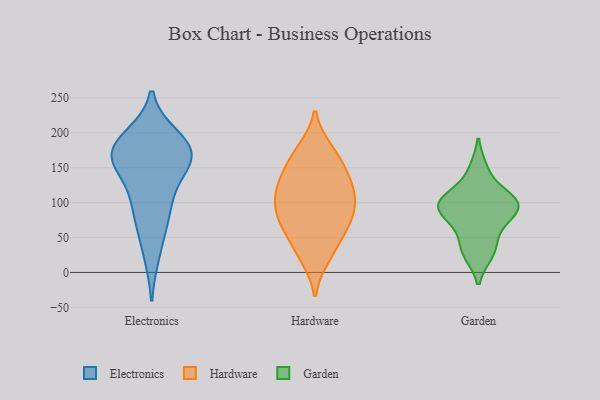
{"axis": {"x": "Latency (ms)", "y": "Value"}, "legend": ["Electronics", "Garden", "Hardware"], "data": [{"x": "", "y": 108, "type": "Electronics"}, {"x": "", "y": 192, "type": "Electronics"}, {"x": "", "y": 86, "type": "Electronics"}, {"x": "", "y": 162, "type": "Electronics"}, {"x": "", "y": 27, "type": "Electronics"}, {"x": "", "y": 169, "type": "Electronics"}, {"x": "", "y": 74, "type": "Electronics"}, {"x": "", "y": 177, "type": "Electronics"}, {"x": "", "y": 169, "type": "Electronics"}, {"x": "", "y": 168, "type": "Electronics"}, {"x": "", "y": 182, "type": "Electronics"}, {"x": "", "y": 139, "type": "Electronics"}, {"x": "", "y": 27, "type": "Hardware"}, {"x": "", "y": 174, "type": "Hardware"}, {"x": "", "y": 109, "type": "Hardware"}, {"x": "", "y": 74, "type": "Hardware"}, {"x": "", "y": 127, "type": "Hardware"}, {"x": "", "y": 79, "type": "Hardware"}, {"x": "", "y": 77, "type": "Hardware"}, {"x": "", "y": 130, "type": "Hardware"}, {"x": "", "y": 156, "type": "Hardware"}, {"x": "", "y": 22, "type": "Hardware"}, {"x": "", "y": 98, "type": "Hardware"}, {"x": "", "y": 49, "type": "Hardware"}, {"x": "", "y": 103, "type": "Hardware"}, {"x": "", "y": 65, "type": "Hardware"}, {"x": "", "y": 118, "type": "Hardware"}, {"x": "", "y": 146, "type": "Hardware"}, {"x": "", "y": 175, "type": "Hardware"}, {"x": "", "y": 27, "type": "Garden"}, {"x": "", "y": 81, "type": "Garden"}, {"x": "", "y": 106, "type": "Garden"}, {"x": "", "y": 148, "type": "Garden"}, {"x": "", "y": 62, "type": "Garden"}, {"x": "", "y": 101, "type": "Garden"}, {"x": "", "y": 91, "type": "Garden"}, {"x": "", "y": 33, "type": "Garden"}, {"x": "", "y": 107, "type": "Garden"}, {"x": "", "y": 93, "type": "Garden"}]}